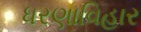
ધરણાવિહાર